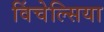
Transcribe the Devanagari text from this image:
विंचेल्सिया